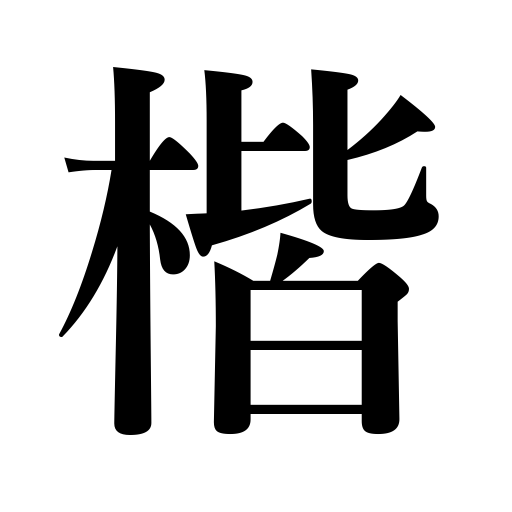
Meanings: square-character style,rule,model,straight tree,correctness